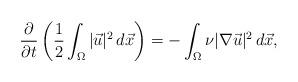
LaTeX: \begin{align*}\frac{\partial}{\partial t} \left ( \frac{1}{2} \int_{\Omega} |\vec{u}|^2\, d\vec{x} \right ) = -\int_{\Omega}\nu|\nabla\vec{u}|^2\, d\vec{x},\end{align*}